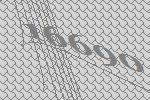
16690